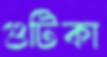
গুটিকা